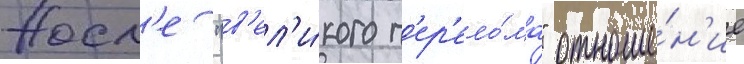
Посл'е "в'ел'и́кого п'ер'ело́ма" отноше́н'ие